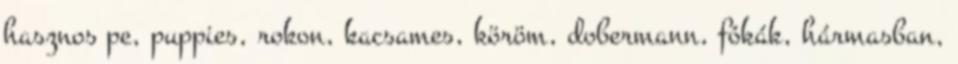
hasznos pe, puppies, rokon, kacsames, köröm, dobermann, fókák, hármasban,